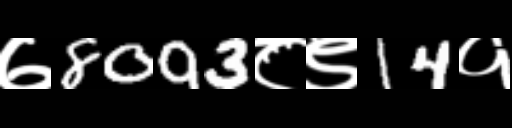
Text: ७8093८९14१